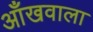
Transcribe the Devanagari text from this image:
आँखवाला